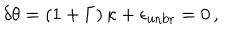
\delta \theta = \left( 1 + \Gamma \right) \kappa + \epsilon _ { \mathrm { u n b r } } = 0 \, ,